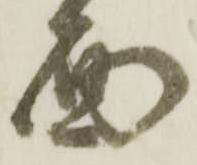
面